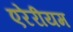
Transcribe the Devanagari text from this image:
एरेरीयम